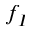
f _ { I }